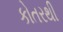
કોતરથી